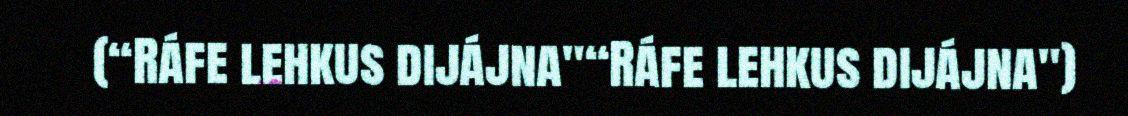
(“Ráfe lehkus dijájna"“Ráfe lehkus dijájna")